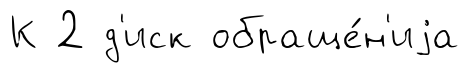
К 2 д'иск обраще́н'иjа